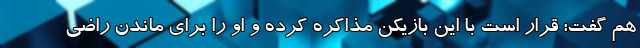
هم گفت: قرار است با این بازیکن مذاکره کرده و او را برای ماندن راضی